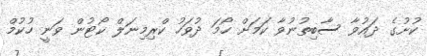
ކުށުގެ ދައުވާ ސާބިތުނުވާ ކަމަށް ހޯމަ ދުވަހު ކްރިމިނަލް ކޯޓުން ވަނީ ހުކުމް